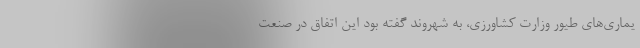
یماری‌های طیور وزارت کشاورزی، به شهروند گفته بود این اتفاق در صنعت